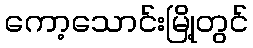
ကော့သောင်းမြို့တွင်